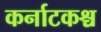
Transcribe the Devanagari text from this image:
कर्नाटकश्च